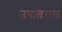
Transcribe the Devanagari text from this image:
उपांतराल